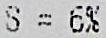
S = 6%